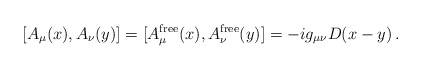
\begin{align*} [A_\mu(x),A_\nu(y)]=[A_\mu^{\mathrm{free}}(x),A_\nu^{\mathrm{free}}(y)]=-ig_{\mu\nu}D(x-y)\,.\end{align*}